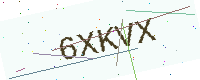
Text: 6XKVX